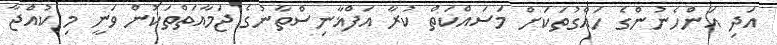
އަދި އަންހެނުންގެ ހައްގުތަކަށް މަސައްކަތް ކުރާ އަފްޣާނިސްތާނުގެ ޖަމާއަތްތަކުން ވަނީ މި ކުއްޖާ